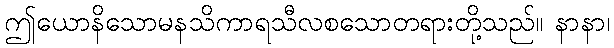
ဤယောနိသောမနသိကာရသီလစသောတရားတို့သည်။ နာနာ၊